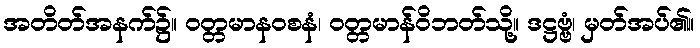
အတိတ်အနက်၌။ ဝတ္တမာနဝစနံ၊ ဝတ္တမာန်ဝိဘတ်သို့။ ဒဋ္ဌဗ္ဗံ၊ မှတ်အပ်၏။